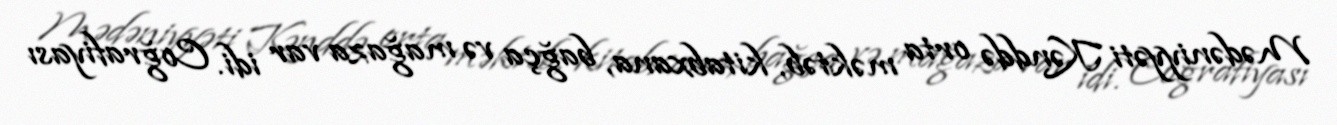
Mədəniyyəti Kənddə orta məktəb, kitabxana, bağça və mağaza var idi. Coğrafiyası